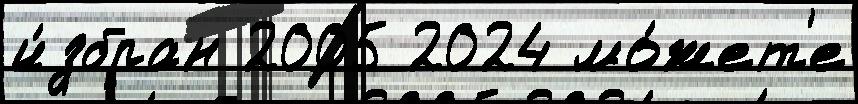
и́збран 2005 2024 мо́жет'е